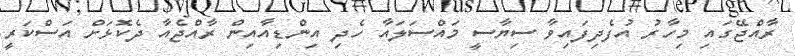
ރާއްޖޭގައި މިހާރު އުފެދިފައިވާ ސިޔާސީ މައްސަލައާ ހެދި އިންޑިއާއިން ރާއްޖެއާ ދެކޮޅަށް އަސްކަރީ